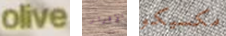
olive الإقرار مكسيكو